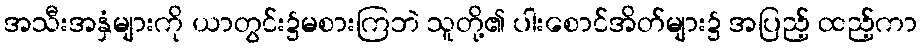
အသီးအနှံများကို ယာတွင်း၌မစားကြဘဲ သူတို့၏ ပါးစောင်အိတ်များ၌ အပြည့် ထည့်ကာ